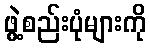
ဖွဲ့စည်းပုံများကို